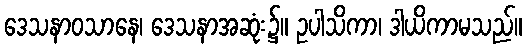
ဒေသနာဝသာနေ၊ ဒေသနာအဆုံး၌။ ဥပါသိကာ၊ ဒါယိကာမသည်။